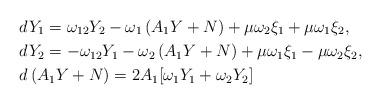
LaTeX: \begin{align*}&dY_1=\omega_{12}Y_2-\omega_1\left(A_1Y+N\right)+\mu\omega_2\xi_1+\mu\omega_1\xi_2,\\&dY_2=-\omega_{12}Y_1-\omega_2\left(A_1Y+N\right)+\mu\omega_1\xi_1-\mu\omega_2\xi_2,\\&d\left(A_1Y+N\right)=2A_1[\omega_1Y_1+\omega_2Y_2]\end{align*}